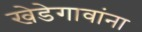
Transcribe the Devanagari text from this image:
खेडेगावांना